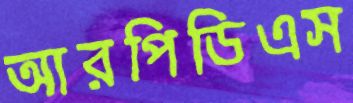
আরপিডিএস